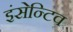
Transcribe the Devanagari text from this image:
इंसेन्टिव